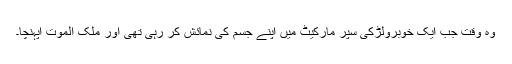
وہ وقت جب ایک خوبرولڑکی سپر مارکیٹ میں اپنے جسم کی نمائش کر رہی تھی اور ملک الموت آپہنچا۔